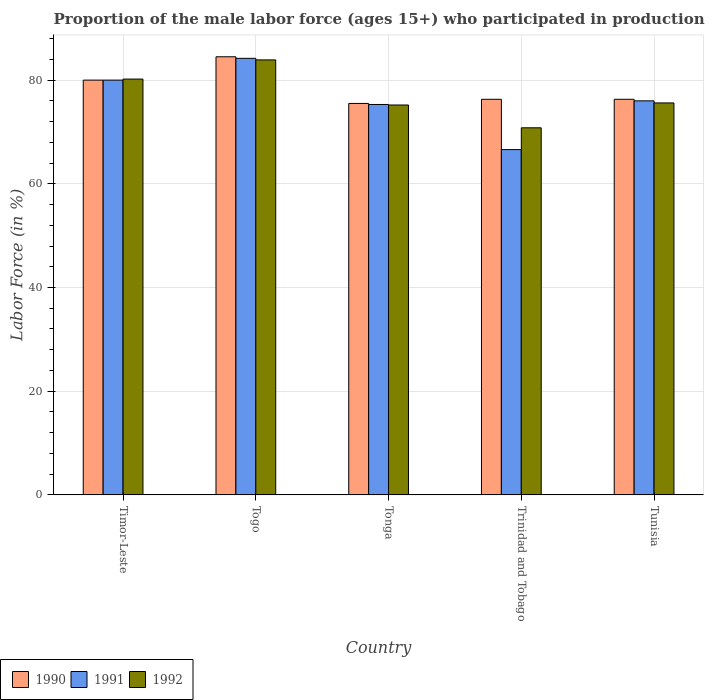
| Country | 1990 | 1991 | 1992 |
 | --- | --- | --- | --- |
 | Timor-Leste | 80 | 80 | 80.2 |
 | Togo | 84.5 | 84.2 | 83.9 |
 | Tonga | 75.5 | 75.3 | 75.2 |
 | Trinidad and Tobago | 76.3 | 66.6 | 70.8 |
 | Tunisia | 76.3 | 76 | 75.6 |